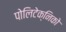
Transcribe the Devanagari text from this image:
पोलिटेक्निको